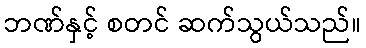
ဘဏ်နှင့် စတင် ဆက်သွယ်သည်။